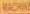
MACHINE